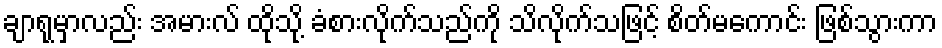
ချာရုမှာလည်း အမားလ် ထိုသို့ ခံစားလိုက်သည်ကို သိလိုက်သဖြင့် စိတ်မကောင်း ဖြစ်သွားကာ